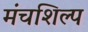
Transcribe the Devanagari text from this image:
मंचशिल्प